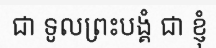
ជា ទូលព្រះបង្គំ ជា ខ្ញុំ